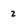
Character: 2